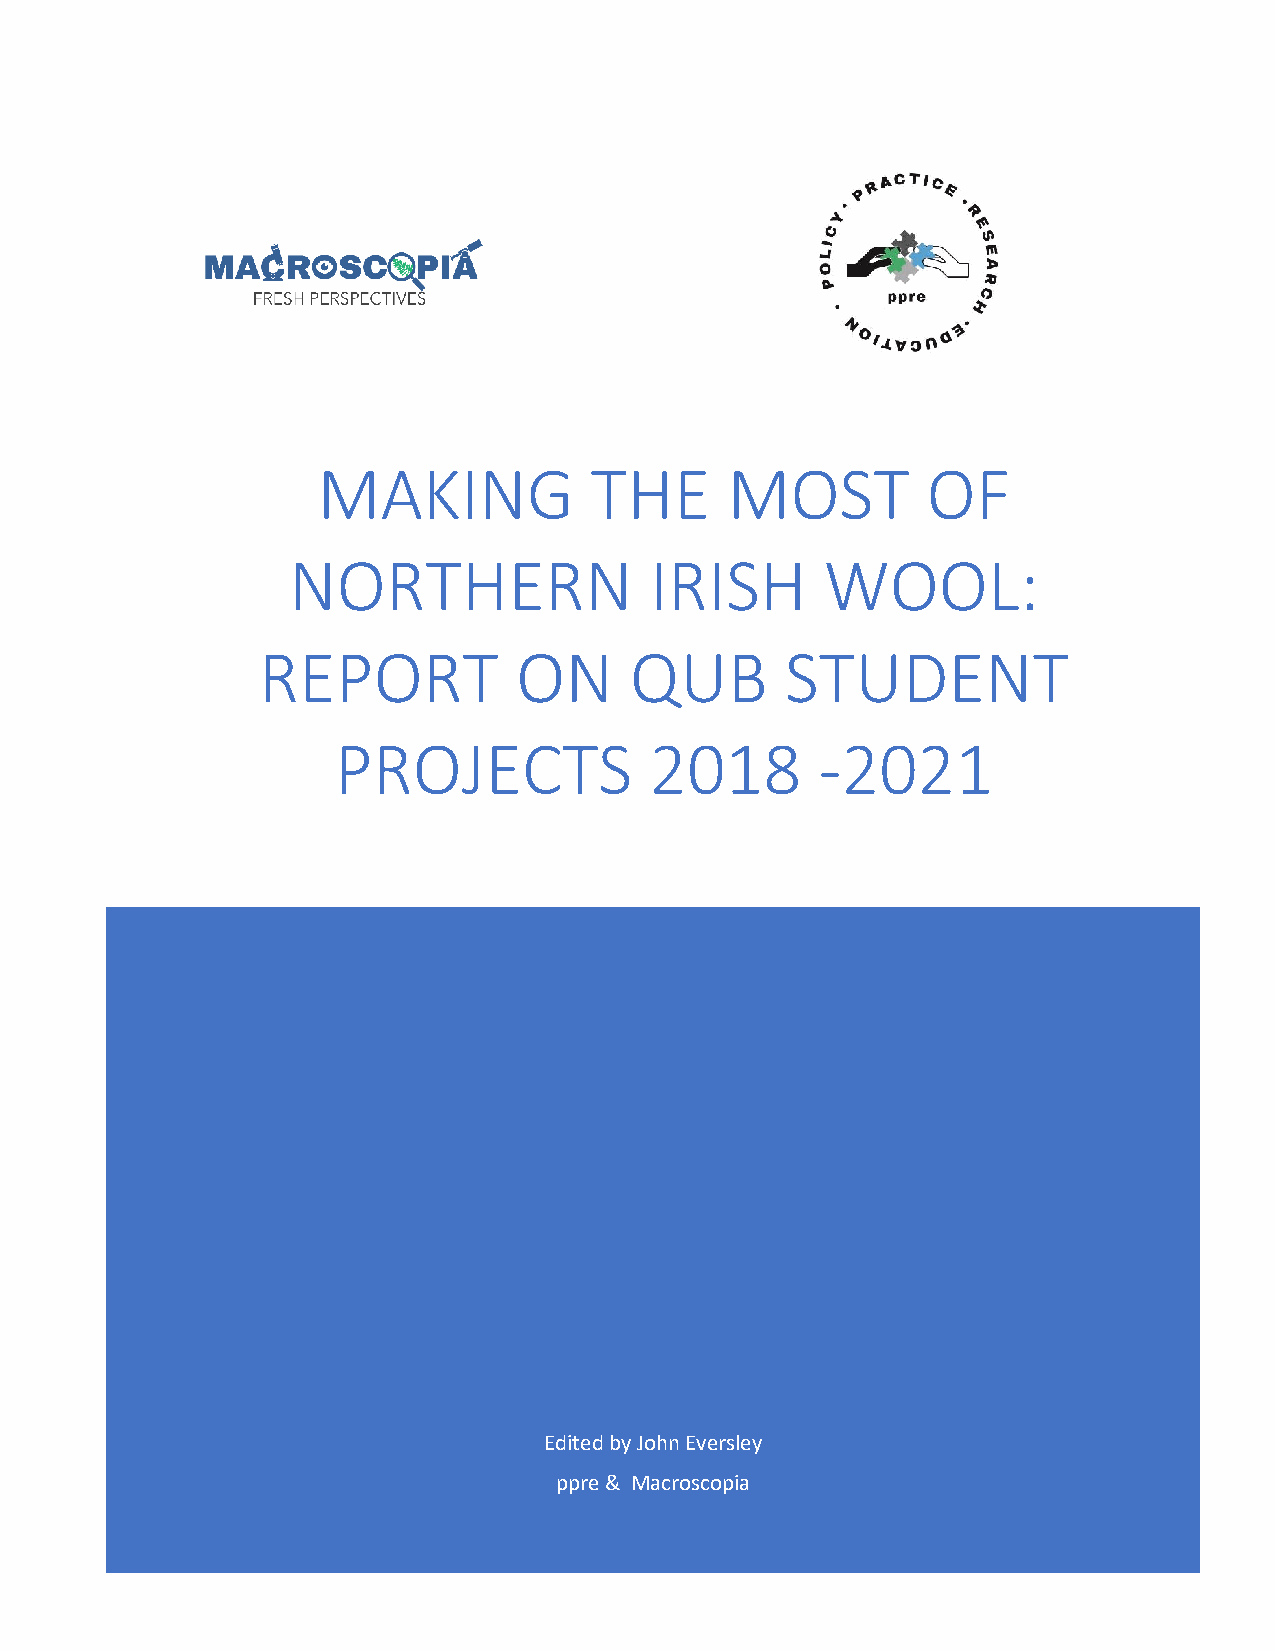
MAKING            THE      MOST         OF
 NORTHERN                IRISH       WOOL:
 REPORT           ON      QUB       STUDENT
 PROJECTS             2018       -2021
 Edited by John Eversley
 ppre & Macroscopia